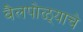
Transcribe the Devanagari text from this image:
बैलपोळ्याचे